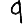
Digit: 9